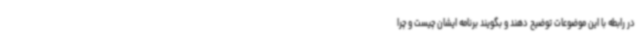
در رابطه با این موضوعات توضیح دهند و بگویند برنامه‌ ایشان چیست و چرا